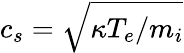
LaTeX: c_{s}=\sqrt{\kappa T_{e}/m_{i}}